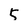
Character: 5